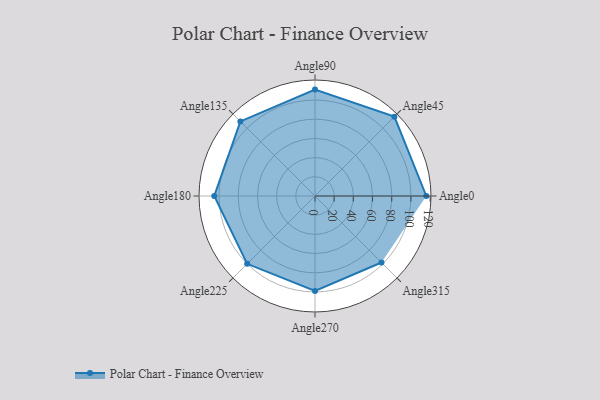
{"axis": {"x": "Angle", "y": "Radius"}, "legend": [""], "data": [{"x": "Angle0", "y": 116.0, "type": ""}, {"x": "Angle45", "y": 117.0, "type": ""}, {"x": "Angle90", "y": 111.0, "type": ""}, {"x": "Angle135", "y": 110.0, "type": ""}, {"x": "Angle180", "y": 105.0, "type": ""}, {"x": "Angle225", "y": 100.0, "type": ""}, {"x": "Angle270", "y": 99.0, "type": ""}, {"x": "Angle315", "y": 98.0, "type": ""}]}